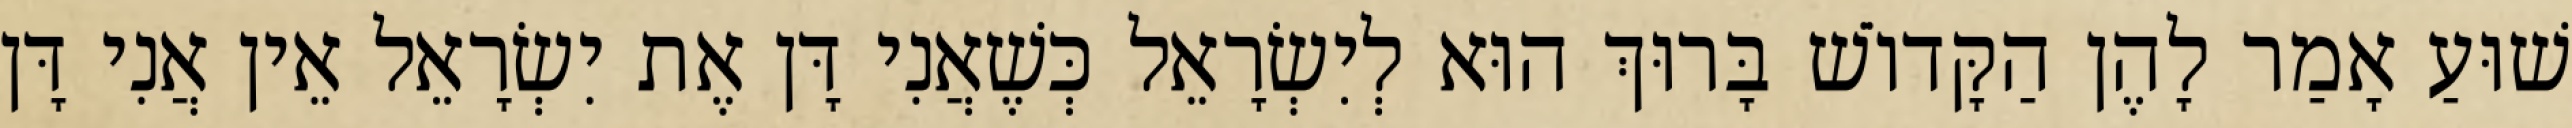
שׁוּעַ אָמַר לָהֶן הַקָּדוֹשׁ בָּרוּךְ הוּא לְיִשְׂרָאֵל כְּשֶׁאֲנִי דָּן אֶת יִשְׂרָאֵל אֵין אֲנִי דָּן